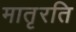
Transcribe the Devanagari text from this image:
मातृरति